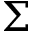
\Sigma